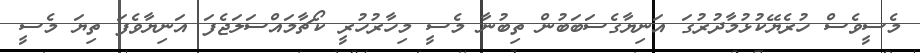
މެސީވެސް ހުރެޔޭކުޅުމާދުރުގަ އަނިޔާގެސަބަބުން ތިބުނާ މެސީ މިހާރުހުރީ ކޯޗާމައްސަލަޖެފަ އަނިޔާވެފަ ތިޔަ މެސީ